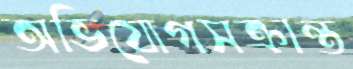
অভিযোগসক্রান্ত